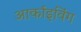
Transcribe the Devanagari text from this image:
आर्काइविंग